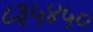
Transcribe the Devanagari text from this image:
८३५४५०